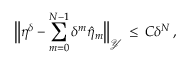
\Bigl \| \eta ^ { \delta } - \sum _ { m = 0 } ^ { N - 1 } \delta ^ { m } \hat { \eta } _ { m } \Bigr \| _ { \mathcal { Y } } \, \le \, C \delta ^ { N } \, ,